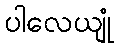
ပါလေယျုံ